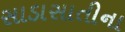
સાડાસાતીના